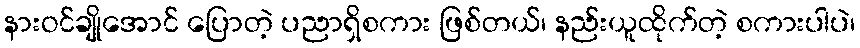
နားဝင်ချိုအောင် ပြောတဲ့ ပညာရှိစကား ဖြစ်တယ်၊ နည်းယူထိုက်တဲ့ စကားပါပဲ၊